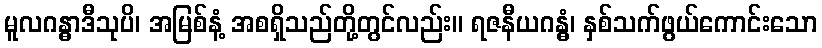
မူလဂန္ဓာဒီသုပိ၊ အမြစ်နံ့ အစရှိသည်တို့တွင်လည်း။ ရဇနီယဂန္ဓံ၊ နှစ်သက်ဖွယ်ကောင်းသော